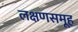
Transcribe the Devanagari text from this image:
लक्षणसमूह